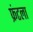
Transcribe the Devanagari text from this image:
फ्रंटला